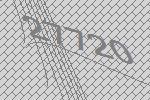
27720